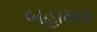
બહામાસ